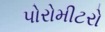
પોરોમીટરો